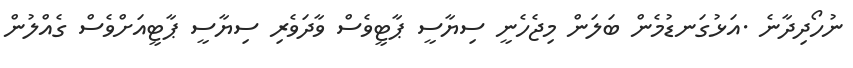
ނުހޯދިދާނެ .އަޅުގަނޑުމެން ބަލަން މިޖެހެނީ ސިޔާސީ ޕާޓީވެސް ވާދަވެރި ސިޔާސީ ޕާޓީއަށްވެސް ގެއްލުން